Report of the Indian Hemp Drugs Commission, 1894-1895 - Volume VI
Year: 1894
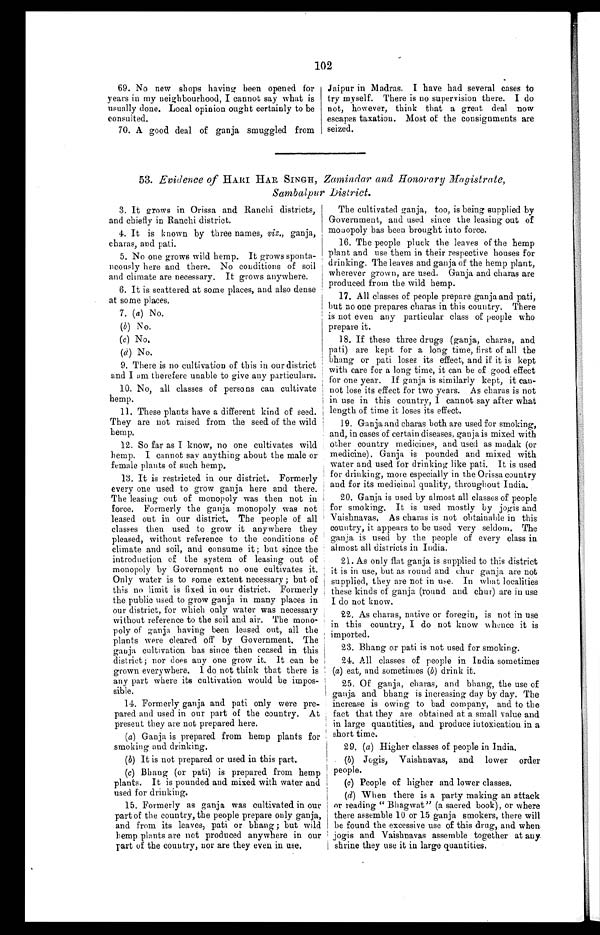
102
69.No new shops having been opened for
years in my neighbourhood, I cannot say what is
usually done. Local opinion ought certainly to be
consulted.
70.A good deal of ganja smuggled from
Jaipur in Madras. I have had several cases to
try myself. There is no supervision there. I do
not, however, think that a great deal now
escapes taxation. Most of the consignments are
seized.
53. Evidence of HARI HAR SINGH, Zamindar and Honorary Magistrate,
Sambalpur District.
3. It grows in Orissa and Ranchi districts,
and chiefly in Ranchi district.
4. It is known by three names, viz., ganja,
charas, and pati.
5. No one grows wild hemp. It grows sponta
- n e o u s l y h e r e a n d t h e r e . N o c o n d i t i o n s o f s o i l
and climate are necessary. It grows anywhere.
6.
It is scattered at some places, and also dense
at some places.
7.
(a) No.
(b) No.
(c) No
.
(d) No.
9. There is no cultivation of this in our district
and I am therefore unable to give any particulars.
10. No, all classes of persons can cultivate
hemp.
11. These plants have a different kind of seed.
They are not raised from the seed of the wild
hemp.
12. So far as I know, no one cultivates wild
hemp. I cannot say anything about the male or
female plants of such hemp.
13. It is restricted in our district. Formerly
every one used to grow ganja here and there.
The leasing out of monopoly was then not in
force. Formerly the ganja monopoly was not
leased out in our district. The people of all
classes then used to grow it anywhere they
pleased, without reference to the conditions of
climate and soil, and consume it ; but since the
introduction of the system of leasing out of
monopoly by Government no one cultivates it.
Only water is to some extent necessary ; but of
this no limit is fixed in our district. Formerly
the public used to grow ganja in many places in
our district, for which only water was necessary
without reference to the soil and air. The mono
-poly of ganja having been leased out, all the
plants were cleared off by Government. The
ganja cultivation has since then ceased in this
district; nor does any one grow it. It can be
grown everywhere. I do not think that there is
any part where its cultivation would be impos
-sible.
14. Formerly ganja and pati only were pre
- p a r e d a n d u s e d i n o u r p a r t o f t h e c o u n t r y . A t
present they are not prepared here.
(a) Ganja is prepared from hemp plants for
smoking and drinking.
(b) It is not prepared or used in this part.
(c) Bhang (or pati) is prepared from hemp
plants. It is pounded and mixed with water and
used for drinking.
15. Formerly as ganja was cultivated in our
part of the country, the people prepare only ganja,
and from its leaves, pati or bhang; but wild
hemp plants are not produced anywhere in our
part of the country, nor are they even in use.
The cultivated ganja, too, is being supplied by
Government, and used since the leasing out of
monopoly has been brought into force.
16.The people pluck the leaves of the hemp
plant and use them in their respective houses for
drinking. The leaves and ganja of the hemp plant,
wherever grown, are used. Ganja and charas are
produced from the wild hemp.
17.All classes of people prepare ganja and pati,
but no one prepares charas in this country. There
is not even any particular class of people who
prepare it.
18. If these three drugs (ganja, charas, and
pati) are kept for a long time, first of all the
bhang or pati loses its effect, and if it is kept
with care for a long time, it can be of good effect
for one year. If ganja is similarly kept, it can
- n o t l o s e i t s e f f e c t f o r t w o y e a r s . A s c h a r a s i s n o t
in use in this country, I cannot say after what
length of time it loses its effect.
19.Ganja and charas both are used for smoking,
and, in cases of certain diseases, ganja is mixed with
other country medicines, and used as madak (or
medicine). Ganja is pounded and mixed with
water and used for drinking like pati. It is used
for drinking, more especially in the Orissa country
and for its medicinal quality, throughout India.
20.Ganja is used by almost all classes of people
for smoking. It is used mostly by jogis and
Vaishnavas. As charas is not obtainable in this
country, it appears to be used very seldom. The
ganja is used by the people of every class in
almost all districts in India.
21.As o n l y f l a t g a n j a i s s u p p l i e d t o t h i s d i s t r i c t
it is in use, but as round and chur ganja, are not
supplied, they are not in use. In what localities
these kinds of ganja (round and. chur) are in use
I do not know.
22.As charas, native or foregin, is not in use
in this country, I do not know whence it is
imported.
23.Bhang or pati is not used for smoking.
24.All classes of people in India sometimes
(a) eat, and sometimes (b) drink it.
25.Of ganja, charas, and bhang, the use of
ganja and bhang is increasing day by day. The
increase is owing to bad company, and to the
fact that they are obtained at a small value and
in large quantities, and produce intoxication in a
short time.
29. (a) Higher classes of people in India.
(b) Jogis, Vaishnavas, and lower order
people.
(c) People of higher and lower classes.
(d) When there is a party making an attack
or reading " Bhagwat" (a sacred book), or where
there assemble 10 or 15 ganja smokers, there will
be found the excessive use of this drug, and when
jogis and Vaishnavas assemble together at any,
shrine they use it in large quantities.